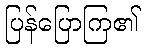
ပြန်ပြောကြ၏